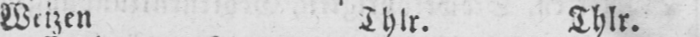
Weizen Thlr. Thlr.